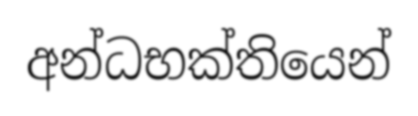
අන්ධභක්තියෙන්